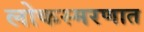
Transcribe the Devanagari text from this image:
लोकस्मरणात